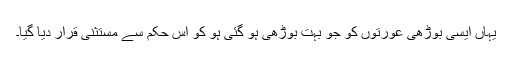
یہاں ایسی بوڑھی عورتوں کو جو بہت بوڑھی ہو گئی ہو کو اس حکم سے مستثنیٰ قرار دیا گیا۔